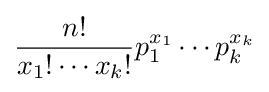
{\frac {n!}{x_{1}!\cdots x_{k}!}}p_{1}^{x_{1}}\cdots p_{k}^{x_{k}}